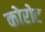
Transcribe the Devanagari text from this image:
कोरोट